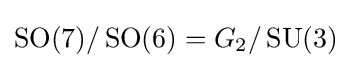
\operatorname {SO} (7)/\operatorname {SO} (6)=G_{2}/\operatorname {SU} (3)